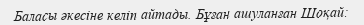
Баласы әкесіне келіп айтады. Бұған ашуланған Шоқай: